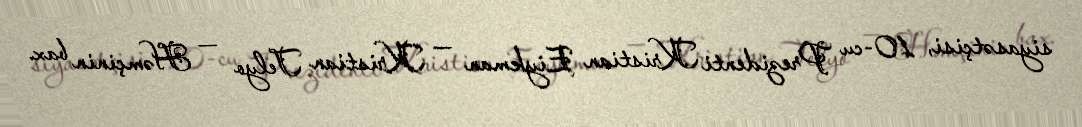
siyasətçisi, 10-cu Prezidenti Kristian Eiykman — Kristian Telyo — Həmçinin bax.